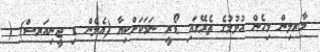
މާރލިން މިހެން އުޅުމުގެ ތެރޭގައި ޑޯރީ ނަމަކަށްކިޔާ (އެލެން ޑި ޖީނިއަރސް) (